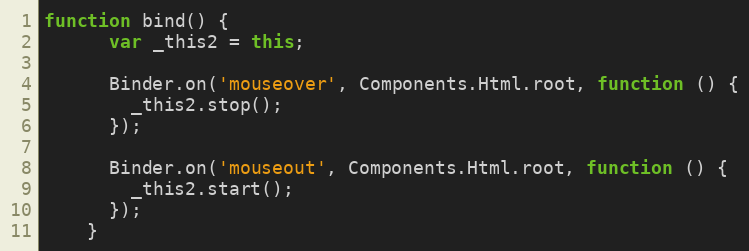
Language: JavaScript
function bind() {
      var _this2 = this;

      Binder.on('mouseover', Components.Html.root, function () {
        _this2.stop();
      });

      Binder.on('mouseout', Components.Html.root, function () {
        _this2.start();
      });
    }